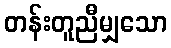
တန်းတူညီမျှသော